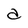
Character: a